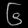
Digit: ၆